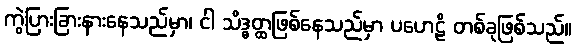
ကွဲပြားခြားနားနေသည်မှာ၊ ငါ သိဒ္ဓတ္ထဖြစ်နေသည်မှာ ပဟေဠိ တစ်ခုဖြစ်သည်။